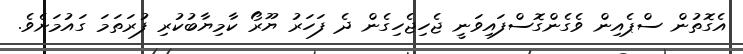
އެގޮތުން ސްޕެއިން ވެގެންގޮސްފައިވަނީ ޖެހިޖެހިގެން ދެ ފަހަރު ޔޫރޯ ކާމިޔާބުކުރި ފުރަތަމަ ގައުމަށެވެ.